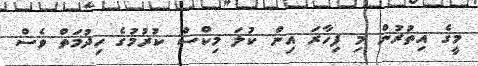
މީގެ އިތުރުން މި ފިހާރަ އިން ކުލަ މިކްސް ކުރުމުގެ ހިދުމަތް ވެސް